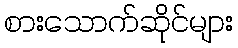
စားသောက်ဆိုင်များ